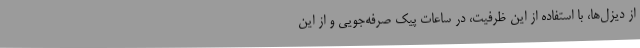
از دیزل‌ها، با استفاده از این ظرفیت، در ساعات پیک صرفه‌جویی و از این